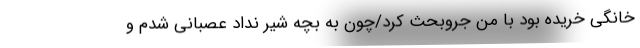
خانگی خریده بود با من جروبحث کرد/چون به بچه شیر نداد عصبانی شدم و